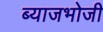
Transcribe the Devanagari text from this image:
ब्याजभोजी